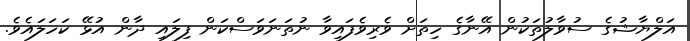
އަލްޔާޝުގެ ސުވާލުތަކުން އޭނާގެ ހިތަށް ވެރިވެފައިވާ ނުތަނަވަސްކަން ފިލައި ދާން އުޅޭ ކަހަލައެވެ.